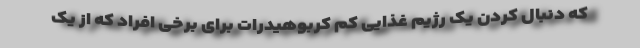
که دنبال کردن یک رژیم غذایی کم کربوهیدرات برای برخی افراد که از یک